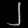
Digit: ၂